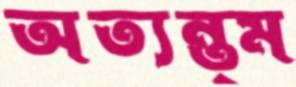
অত্যন্ত্ম